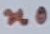
Text: n0